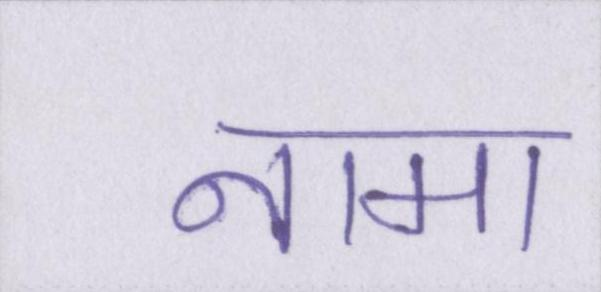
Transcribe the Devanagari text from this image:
नामा